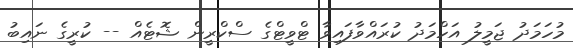
މުހަމަދު ޖަމީލު އަހްމަދު ކުރައްވާފައިވާ ޓްވީޓްގެ ސްކްރީން ޝޮޓެއް -- ކުރީގެ ނައިބު